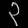
Digit: ၃